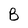
Character: B